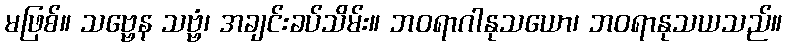
မဖြစ်။ သဗ္ဗေန သဗ္ဗံ၊ အချင်းခပ်သိမ်း။ ဘဝရာဂါနုသယော၊ ဘဝရာနုသယသည်။